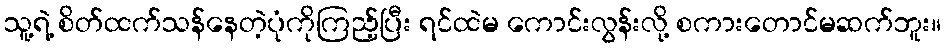
သူ့ရဲ့ စိတ်ထက်သန်နေတဲ့ပုံကိုကြည့်ပြီး ရင်ထဲမ ကောင်းလွန်းလို့ စကားတောင်မဆက်ဘူး။